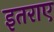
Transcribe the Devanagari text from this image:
इतराए